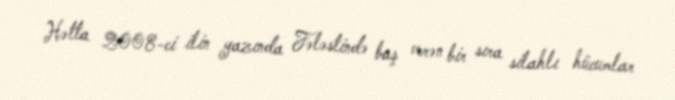
Hətta 2008-ci ilin yazında Fələstində baş verən bir sıra silahlı hücumlar